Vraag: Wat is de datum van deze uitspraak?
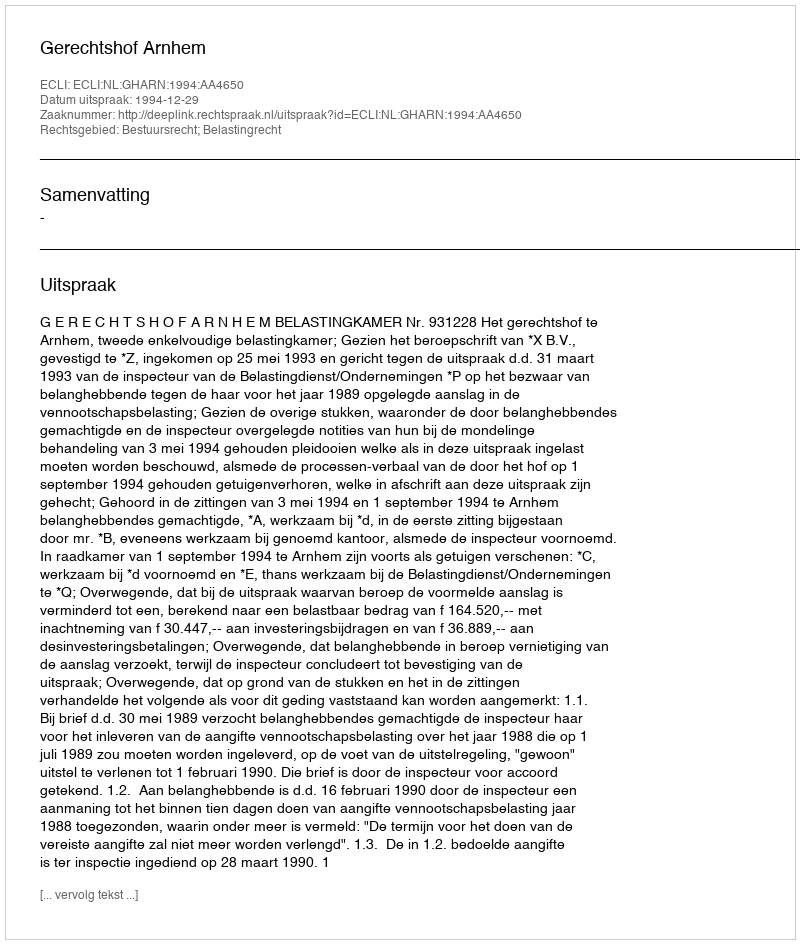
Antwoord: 1994-12-29